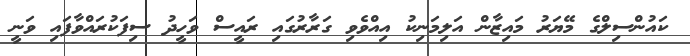
ކައުންސިލްގެ މޭޔަރު މައިޒާން އަލިމަނިކު އިއްވެވި ގަރާރުގައި ރައީސް ވަހީދު ސިފަކުރައްވާފައި ވަނީ